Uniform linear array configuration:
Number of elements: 12
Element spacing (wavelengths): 0.75
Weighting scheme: kaiser
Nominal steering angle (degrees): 15
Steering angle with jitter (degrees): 15.697
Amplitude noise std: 0.05
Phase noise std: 0.05

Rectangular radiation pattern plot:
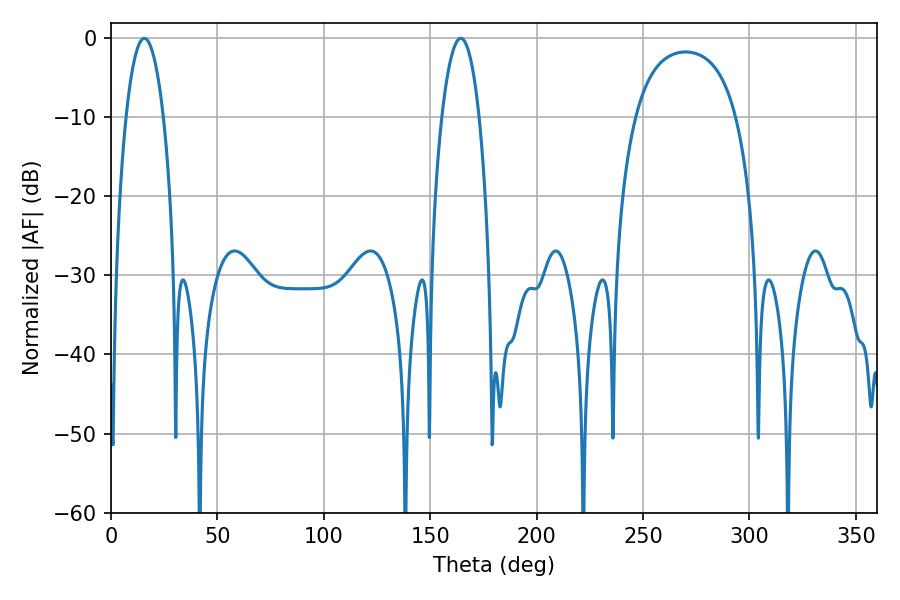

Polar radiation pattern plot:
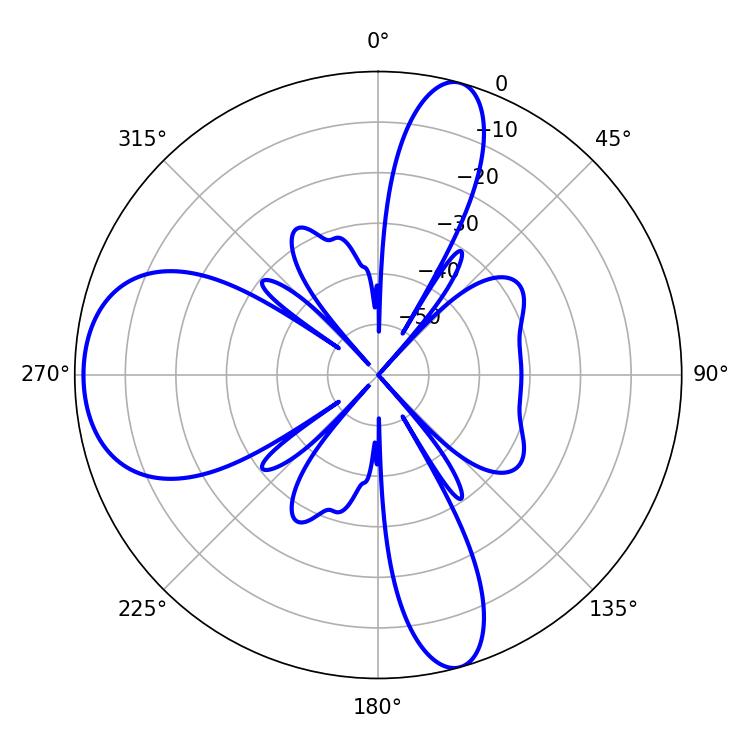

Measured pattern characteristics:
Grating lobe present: TRUE
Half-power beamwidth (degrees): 9.72
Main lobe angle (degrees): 15.66